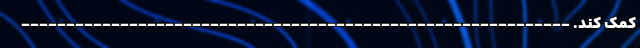
کمک کند. -------------------------------------------------------------